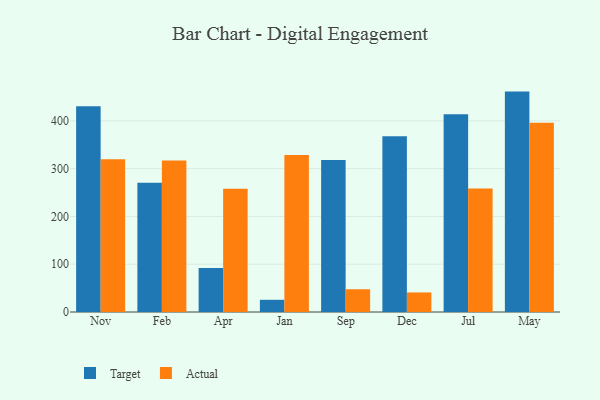
{"axis": {"x": "Month", "y": "Net Income (USD K)"}, "legend": ["Actual", "Target"], "data": [{"x": "Nov", "y": 430.3, "type": "Target"}, {"x": "Nov", "y": 319.7, "type": "Actual"}, {"x": "Feb", "y": 270.6, "type": "Target"}, {"x": "Feb", "y": 316.9, "type": "Actual"}, {"x": "Apr", "y": 91.9, "type": "Target"}, {"x": "Apr", "y": 257.8, "type": "Actual"}, {"x": "Jan", "y": 25.5, "type": "Target"}, {"x": "Jan", "y": 328.5, "type": "Actual"}, {"x": "Sep", "y": 318.1, "type": "Target"}, {"x": "Sep", "y": 47.6, "type": "Actual"}, {"x": "Dec", "y": 367.6, "type": "Target"}, {"x": "Dec", "y": 40.9, "type": "Actual"}, {"x": "Jul", "y": 413.6, "type": "Target"}, {"x": "Jul", "y": 258.3, "type": "Actual"}, {"x": "May", "y": 461.2, "type": "Target"}, {"x": "May", "y": 396.0, "type": "Actual"}]}